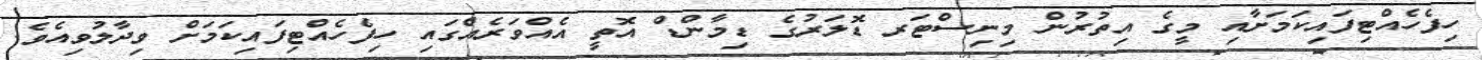
ހިފެހެއްޓިފައިކަމަށާއި މީގެ އިތުރުން މިނިސްޓަރ ޑޮލަރުގެ ޑިމާންޑް އޮތީ އެއްވަރެއްގައި ހިފެހެއްޓިފައިކަމަށް ވިދާލުވިއެވެ.